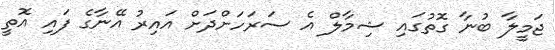
ޖަމީލާ ބުނާ ގޮތުގައި ޝިމާލް އެ ސަރަހަށްދަށް އައިރު އޭނާގެ ފައި އޮތީ